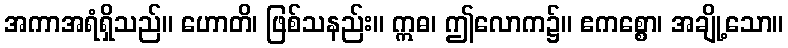
အကာအရံရှိသည်။ ဟောတိ၊ ဖြစ်သနည်း။ ဣဓ၊ ဤလောက၌။ ဧကစ္စော၊ အချို့သော။